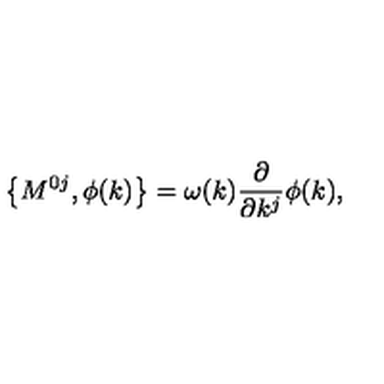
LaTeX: \left\{ M ^ { 0 j } , \phi ( k ) \right\} = \omega ( k ) \frac \partial { \partial k ^ { j } } \phi ( k ) ,